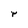
Character: r